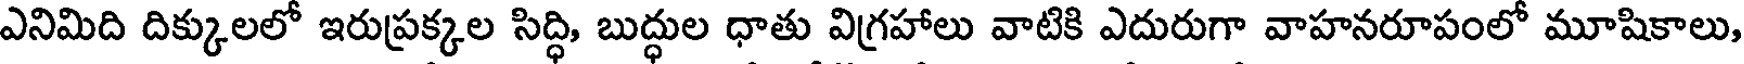
ఎనిమిది దిక్కులలో ఇరుప్రక్కల సిద్ధి, బుద్ధుల ధాతు విగ్రహాలు వాటికి ఎదురుగా వాహనరూపంలో మూషికాలు,